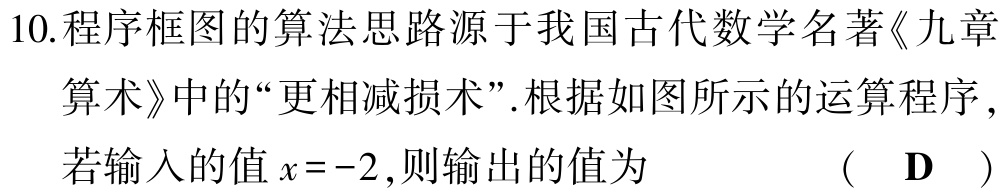
10.程序框图的算法思路源于我国古代数学名著《九章

算术》中的“更相减损术”.根据如图所示的运算程序，

若输入的值\(x = -2\),则输出的值为  （  \(\mathbf{D}\)  ）